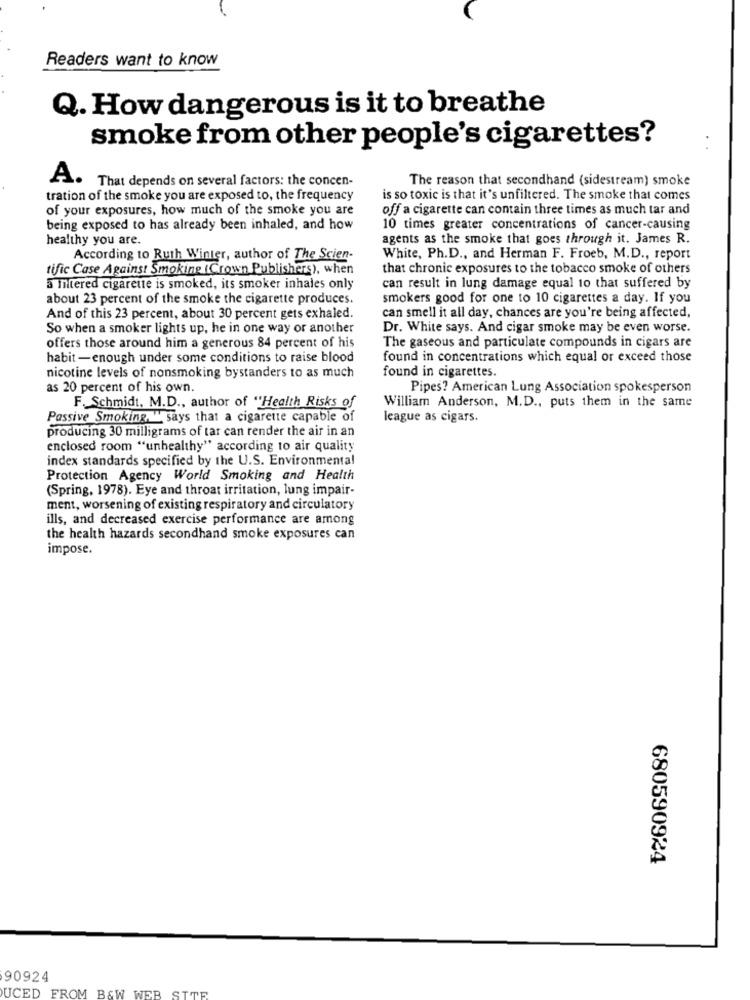
Readers want to know
Q. How dangerous is it to breathe
smoke from other people's cigarettes?
A.
The reason that secondhand (sidestream) smoke
That depends on several factors: the concen-
tration of the smoke you are exposed to, the frequency
is so toxic is that it's unfiltered. The smoke that comes
of your exposures, how much of the smoke you are
off a cigarette can contain three times as much tar and
being exposed to has already been inhaled, and how
10 times greater concentrations of cancer-causing
healthy you are.
agents as the smoke that goes through it. James R.
According to Ruth Winter, author of The Scien-
White, Ph.D ., and Herman F. Froeb, M.D ., report
tific Case Against Smoking (Crown Publishers), when
that chronic exposures to the tobacco smoke of others
5 Intered cigarette is smoked, its smoker inhales only
can result in lung damage equal to that suffered by
about 23 percent of the smoke the cigarette produces.
smokers good for one to 10 cigarettes a day. If you
And of this 23 percent, about 30 percent gets exhaled.
can smell it all day, chances are you're being affected,
So when a smoker lights up, he in one way or another
Dr. White says. And cigar smoke may be even worse.
The gaseous and particulate compounds in cigars are
offers those around him a generous 84 percent of his
habit -enough under some conditions to raise blood
found in concentrations which equal or exceed those
nicotine levels of nonsmoking bystanders to as much
found in cigarettes.
as 20 percent of his own.
Pipes? American Lung Association spokesperson
F. Schmidt, M.D ., author of "Health Risks of
William Anderson, M.D ., puts them in the same
Passive Smoking, " says that a cigarette capable of
league as cigars.
producing 30 milligrams of tar can render the air in an
enclosed room "unhealthy" according to air quality
index standards specified by the U.S. Environmental
Protection Agency World Smoking and Health
(Spring, 1978). Eye and throat irritation, lung impair-
ment, worsening of existing respiratory and circulatory
ills, and decreased exercise performance are among
the health hazards secondhand smoke exposures can
impose.
680590924
90924
UCED FROM B&W WEB SITE